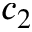
c _ { 2 }